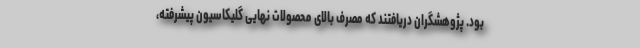
بود. پژوهشگران دریافتند که مصرف بالای محصولات نهایی گلیکاسیون پیشرفته،